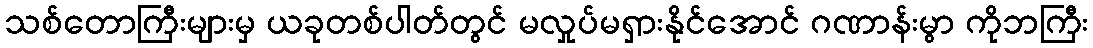
သစ်တောကြီးများမှ ယခုတစ်ပါတ်တွင် မလှုပ်မရှားနိုင်အောင် ဂဏာန်းမွာ ကိုဘကြီး